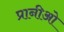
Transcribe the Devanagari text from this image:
प्रानीओ